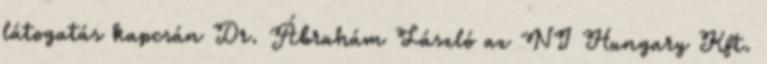
látogatás kapcsán Dr. Ábrahám László az NI Hungary Kft.